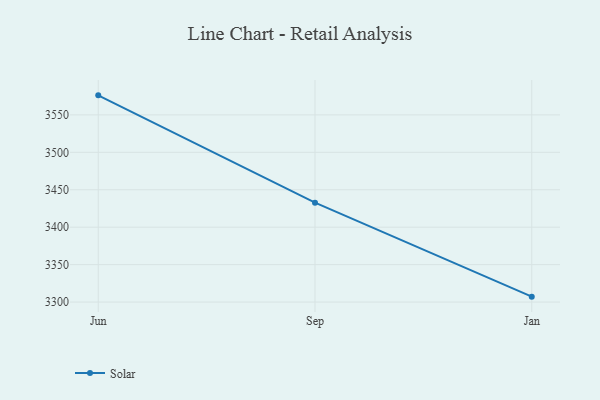
{"axis": {"x": "Month", "y": "Headcount"}, "legend": ["Solar"], "data": [{"x": "Jun", "y": 3576.1, "type": "Solar"}, {"x": "Sep", "y": 3432.7, "type": "Solar"}, {"x": "Jan", "y": 3307.2, "type": "Solar"}]}